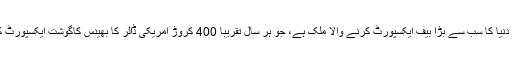
ہندوستان دنیا کا سب سے بڑا بیف ایکسپورٹ کرنے والا ملک ہے، جو ہر سال تقریباً 400 کروڑ امریکی ڈالر کا بھینس کاگوشت ایکسپورٹ کرتا ہے۔